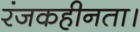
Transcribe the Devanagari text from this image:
रंजकहीनता।